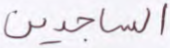
الساجدين